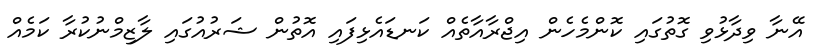
އޭނާ ވިދާޅުވި ގޮތުގައި ކޮންމެހެން އިޖްރާއާތެއް ކަނޑައެޅިފައި އޮތުން ޝަރުއުގައި ލާޒިމްނުކުރާ ކަމެއް